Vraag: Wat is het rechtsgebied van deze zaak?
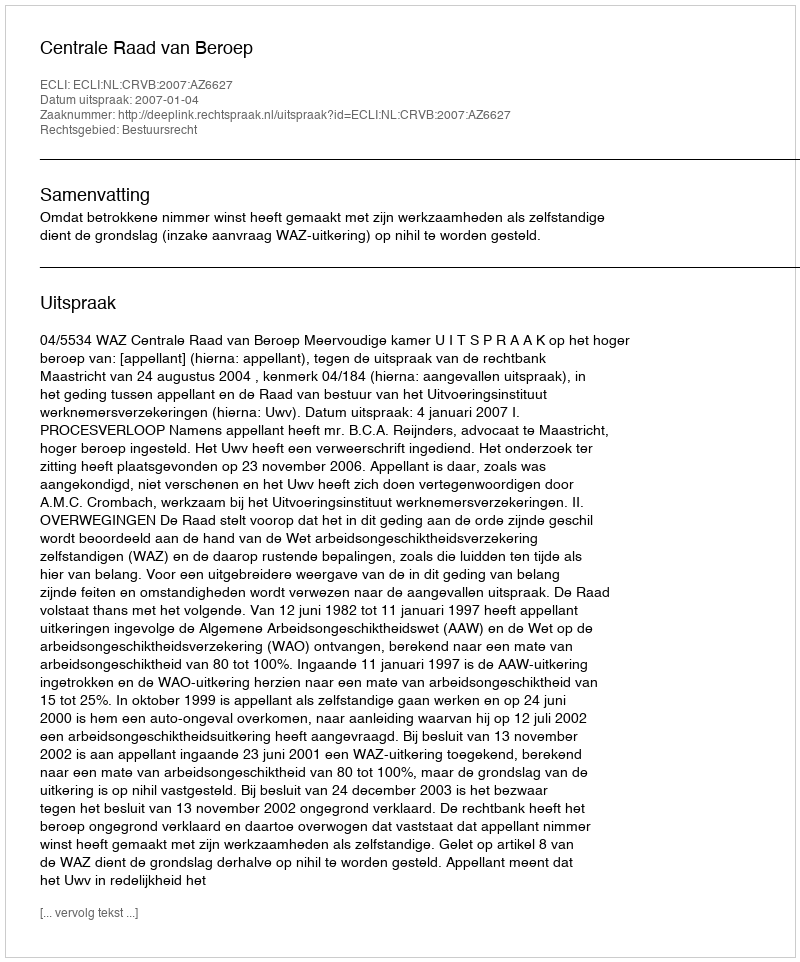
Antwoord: Bestuursrecht